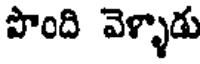
పొంది వెళ్ళాడు